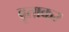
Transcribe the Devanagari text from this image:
वृताकर